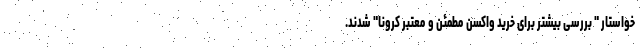
خواستار " بررسی بیشتر برای خرید واکسن مطمئن و معتبر کرونا" شدند.